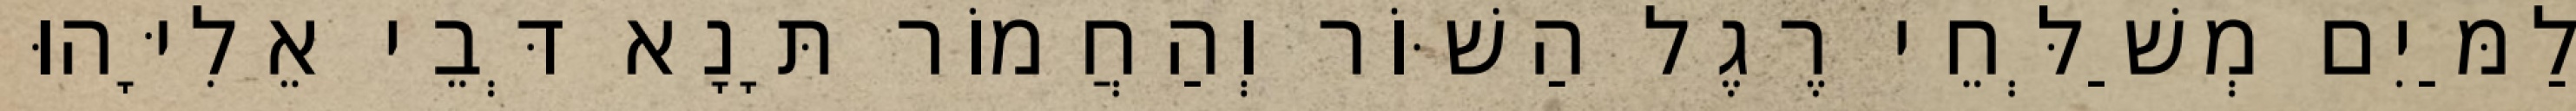
לַמַּיִם מְשַׁלְּחֵי רֶגֶל הַשּׁוֹר וְהַחֲמוֹר תָּנָא דְּבֵי אֵלִיָּהוּ